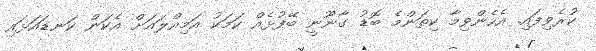
ކުރެވިފައި. އެހެންވިމާ ކިތަންމެ ބޮޑު ގާނޫނީ ބޭފުޅެއް ކަމަކު އަމިއްލައަށް އެކަން ކަނޑައަޅައި